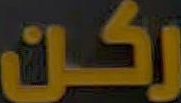
ركن